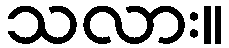
သလား။